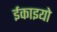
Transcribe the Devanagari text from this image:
ईकाइयो